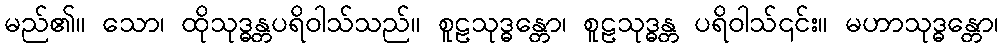
မည်၏။ သော၊ ထိုသုဒ္ဓန္တပရိဝါသ်သည်။ စူဠသုဒ္ဓန္တော၊ စူဠသုဒ္ဓန္တ ပရိဝါသ်၎င်း။ မဟာသုဒ္ဓန္တော၊